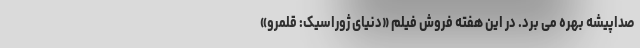
صداپیشه بهره می برد. در این هفته فروش فیلم «دنیای ژوراسیک: قلمرو»